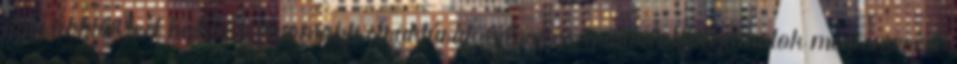
durvábbtól test halad a finomabb struktúrák lélegzés, gondolatfolyamatok megismerése